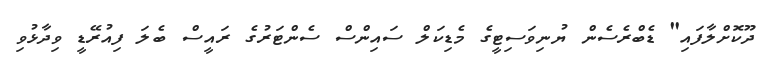
ދޫކޮށްލާފައި" ޑެބްރެސެން ޔުނިވަސިޓީގެ މެޑިކަލް ސައިންސް ސެންޓަރުގެ ރައީސް ބެލަ ފިއުރޭޑީ ވިދާޅުވި